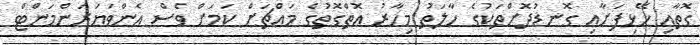
ގޮތާއި ހޭޅިފަށާއި ގޮނޑުދޮށްތަކުގެ ހާލަތު މިހާރު އޮތްގޮތުގެ މައްޗަށް ކަމަށް ވެސް އެންވަޔަރަންމަންޓް